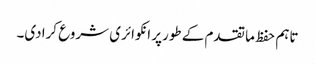
تاہم حفظ ما تقدم کے طورپر انکوائری شروع کرادی۔